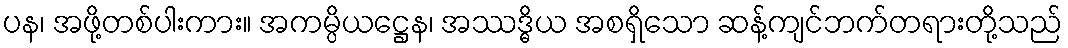
ပန၊ အဖို့တစ်ပါးကား။ အကမ္ပိယဋ္ဌေန၊ အဿဒ္ဓိယ အစရှိသော ဆန့်ကျင်ဘက်တရားတို့သည်